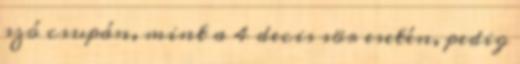
szó csupán, mint a 4 decis sör esetén, pedig